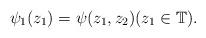
LaTeX: \begin{align*}\psi_1(z_1) = \psi(z_1, z_2) (z_1 \in \mathbb{T}).\end{align*}